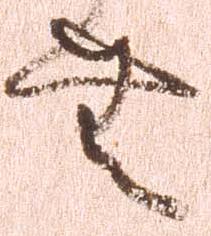
無